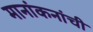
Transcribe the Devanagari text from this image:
मानांकनांची